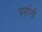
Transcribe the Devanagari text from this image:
पनपेगी